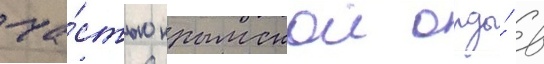
ча́стью крымскои орды́ в